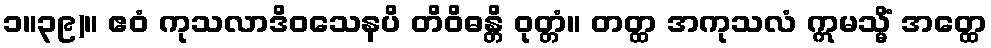
၁။၃၉)။ ဧဝံ ကုသလာဒိဝသေနပိ တိဝိဓန္တိ ဝုတ္တံ။ တတ္ထ အကုသလံ ဣမသ္မိံ အတ္ထေ